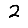
Digit: 2